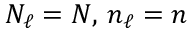
N _ { \ell } = N , \, n _ { \ell } = n